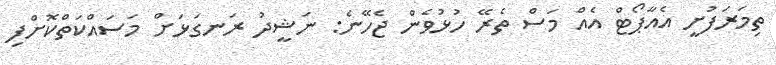
ތިމަރަފުށީ އެއާޕޯޓް އެއް މަސް ތެރޭ ހުޅުވެން ޖެހޭނެ: ނަޝީދު ރަނގަޅަށް މަސައްކަތްކޮށްފި